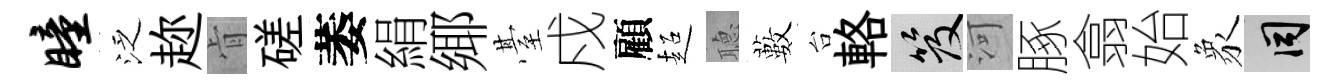
瞳泛趂肻磋萎絹鄊䑓戍顧超𦗟藪台輅笈河䐁翕始象间